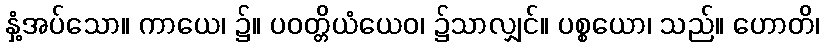
နှံ့အပ်သော။ ကာယေ၊ ၌။ ပဝတ္တိယံယေဝ၊ ၌သာလျှင်။ ပစ္စယော၊ သည်။ ဟောတိ၊